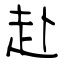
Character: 赴